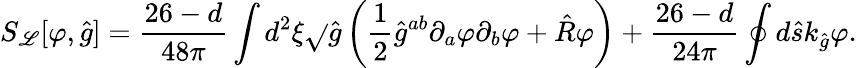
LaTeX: {S_{\mathscr{L}}}[\varphi,\hat{{g}}]={\frac{{26-d}}{{48\pi}}}\int{d^{2}}\xi\sqrt{}{{\hat{{g}}}}\left({\frac{{1}}{{2}}}{\hat{{g}}^{ab}}{\partial_{a}}\varphi{\partial_{b}}\varphi+\hat{{R}}\varphi\right)+{\frac{{26-d}}{{24\pi}}}\oint{d}\hat{{s}}{k_{\hat{{g}}}}\varphi.